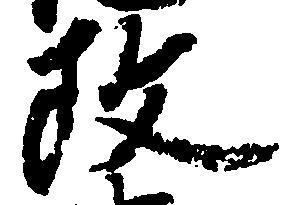
政